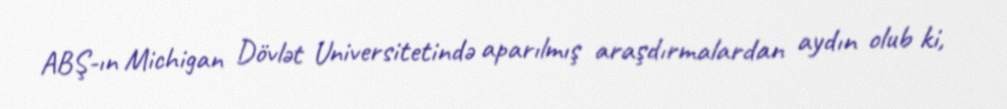
ABŞ-ın Michigan Dövlət Universitetində aparılmış araşdırmalardan aydın olub ki,